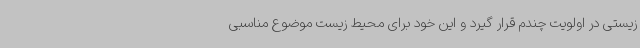
زیستی در اولویت چندم قرار گیرد و این خود برای محیط زیست موضوع مناسبی